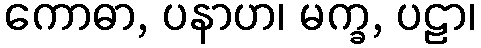
ကောဓာ, ပနာဟ၊ မက္ခ, ပဠာ၊